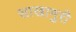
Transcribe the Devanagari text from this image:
साखामुरी